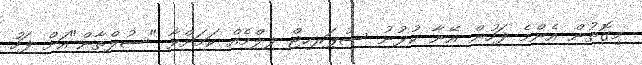
މިގޮތުން އެންމެ ފަހުން އޭނާ ކުޅުނު ސުޕަރހިޓް ފިލްމެއް ކަމަށްވާ "ސުލްތާން"އަށް ފަހު